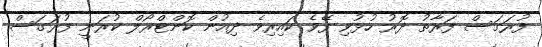
ފުރަގަސް ފަރާތު ދޮރު ހުޅުވިި ފޭވެ ކައިރިވެ ދިއުން ކޮންޓްރޯލް ކުރަނީ ފުރަގަސް